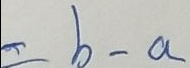
= b - a